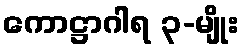
ကောဋ္ဌာဂါရ ၃-မျိုး